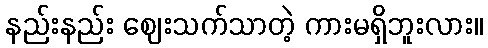
နည်းနည်း ဈေးသက်သာတဲ့ ကားမရှိဘူးလား။